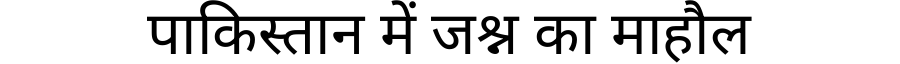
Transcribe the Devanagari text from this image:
पाकिस्तान में जश्न का माहौल